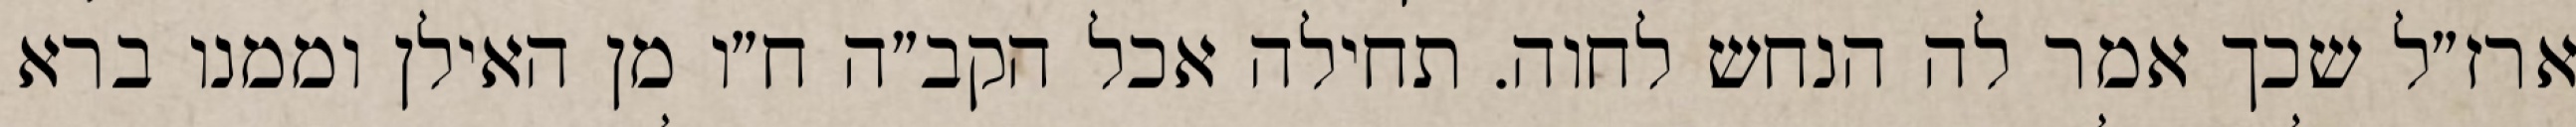
ארז״ל שכך אמר לה הנחש לחוה. תחילה אכל הקב״ה ח״ו מן האילן וממנו ברא